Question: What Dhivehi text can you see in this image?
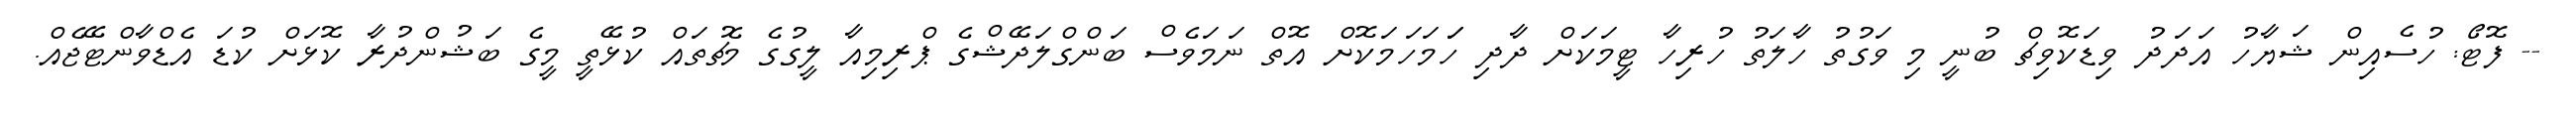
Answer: -- ފޮޓޯ: ހުސެއިން ޝަޔާހު އަދަދު ވިޑަކޮވިޗް ބުނީ މި ވަގުތު ހާލަތު ހުރިހާ ޓީމަކަށް ދާދި ހަަމަހަމަކޮށް އޮތް ނަމަވެސް ބަންގްލަދޭޝްގެ ޕްރިމިއާ ލީގުގެ މެޗުތައް ކުޅޭތީ މީގެ ބަޝުންދުރާ ކޮޅަށް ކުޑަ އެޑްވާންޓޭޖެއް.